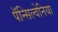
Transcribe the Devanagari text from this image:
पॅन्सिल्वेनिया